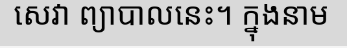
សេវា ព្យាបាលនេះ។ ក្នុងនាម